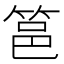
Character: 䇼